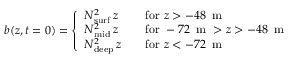
b ( z , t = 0 ) = \left\{ \begin{array} { l l } { N _ { \mathrm { s u r f } } ^ { 2 } \, z } & { \quad \mathrm { f o r } \, \, z > - 4 8 \, \textrm { m } } \\ { N _ { \mathrm { m i d } } ^ { 2 } \, z } & { \quad \mathrm { f o r } \, \, - 7 2 \, \textrm { m } > z > - 4 8 \, \textrm { m } } \\ { N _ { \mathrm { d e e p } } ^ { 2 } \, z } & { \quad \mathrm { f o r } \, \, z < - 7 2 \, \textrm { m } } \end{array} \right.